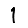
Digit: 1